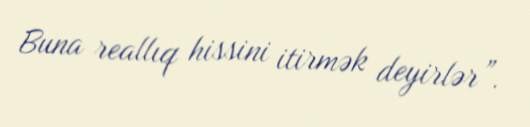
Buna reallıq hissini itirmək deyirlər”.